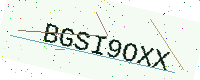
Text: BGSI9OXX